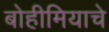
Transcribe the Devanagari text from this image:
बोहीमियाचे